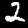
Label: 2